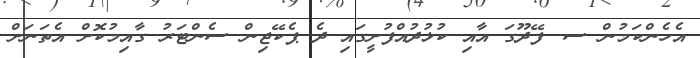
އެހެންކަމުން ސ. ފޭދޫގަ އާއި ކުޅުދުއްފުށީގައި ދެ ޕެކޭޖިން ސެންޓަރު ގާއިމުކޮށް އެތަނަށް